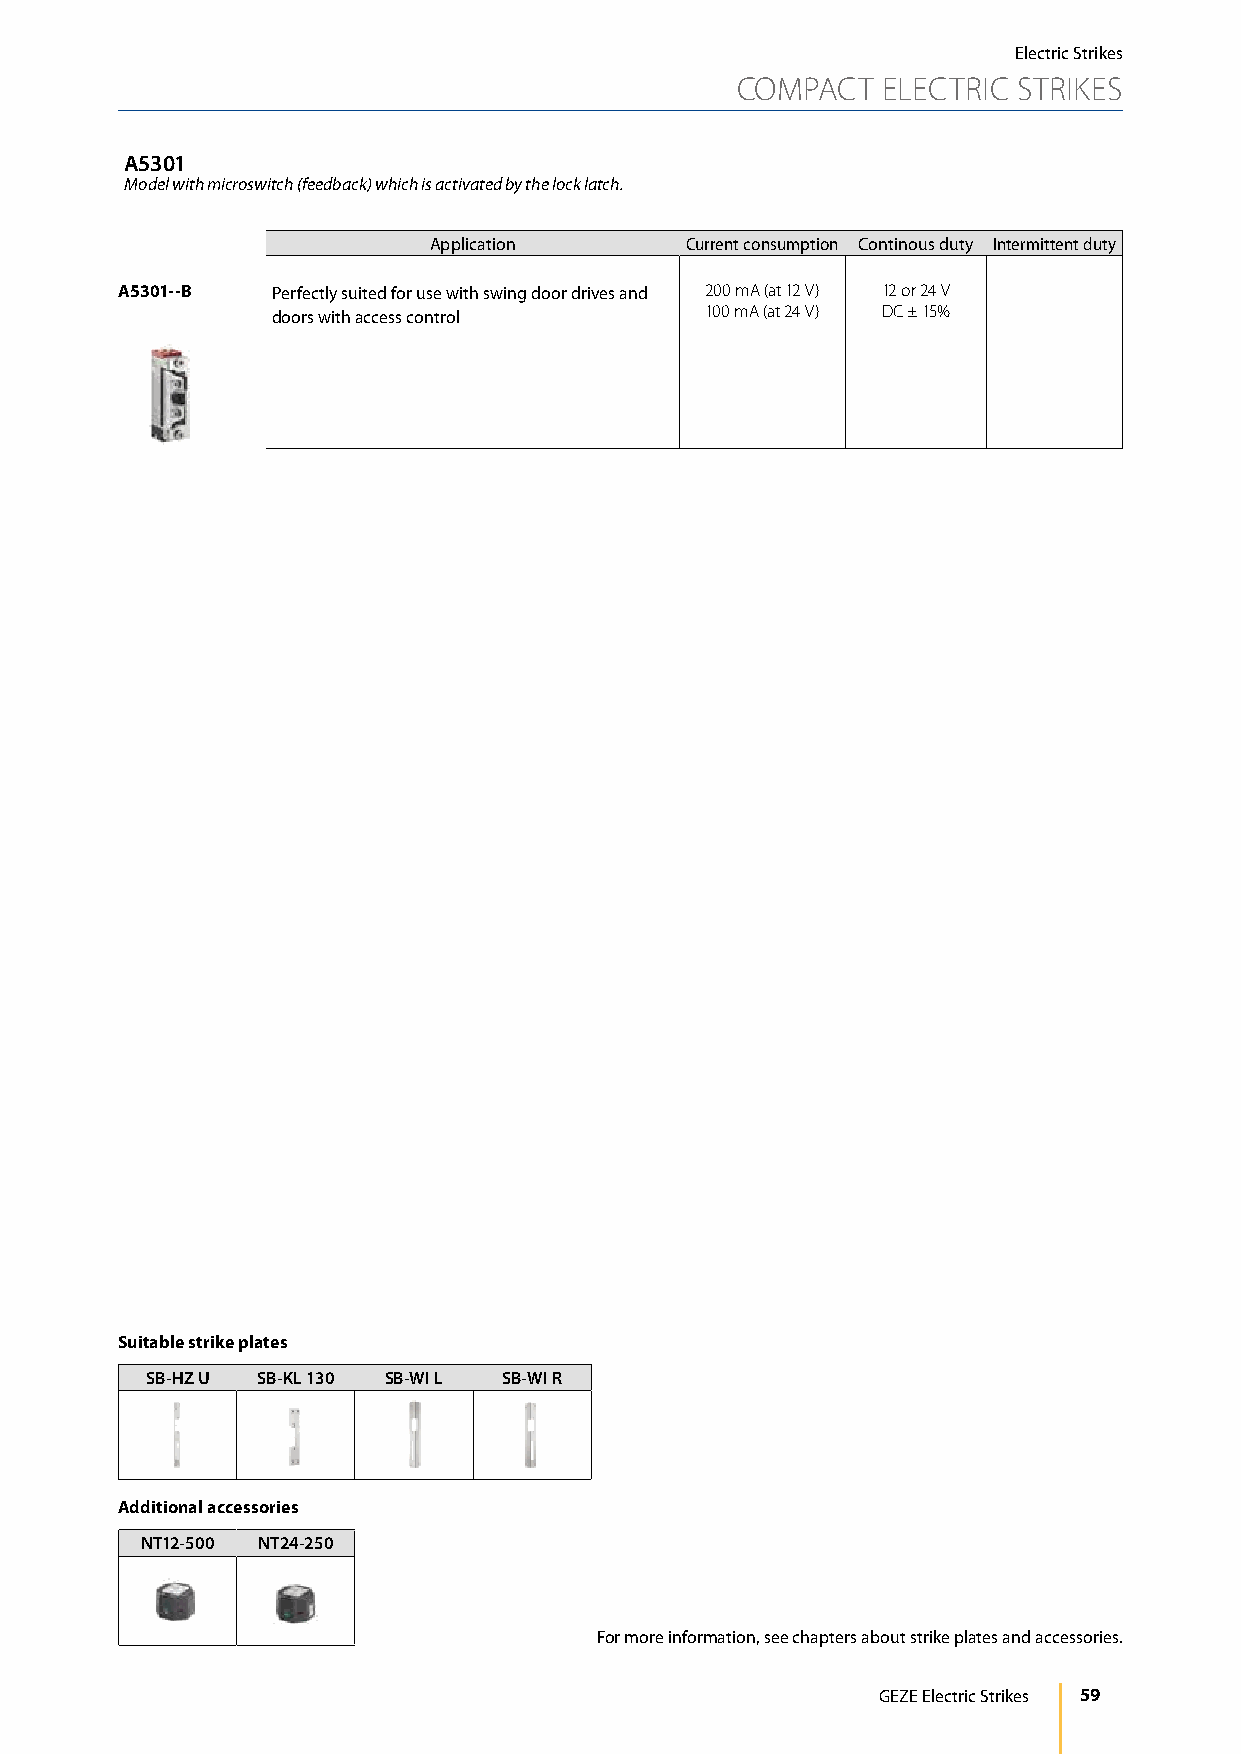
Electric Strikes
 COMPACT  ELECTRIC STRIKES
 A5301
 Model with microswitch (feedback) which is activated by the lock latch.
 Application      Current consumption Continous duty Intermittent duty
 A5301--B  Perfectly suited for use with swing door drives and 200 mA (at 12 V) 12 or 24 V
 doors with access control    100 mA (at 24 V) DC ± 15%
 Suitable strike plates
 SB-HZ U SB-KL 130 SB-WI L SB-WI R
 Additional accessories
 NT12-500 NT24-250
 For more information, see chapters about strike plates and accessories.
 GEZE Electric Strikes 59